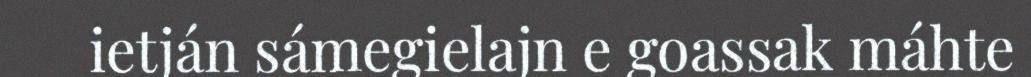
ietján sámegielajn e goassak máhte